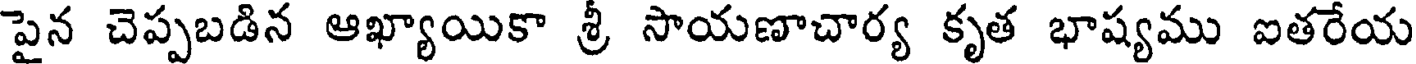
పైన చెప్పబడిన ఆఖ్యాయికా శ్రీ సాయణాచార్య కృత భాష్యము ఐతరేయ